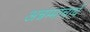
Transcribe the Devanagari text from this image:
अन्नम्माचार्य